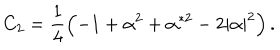
LaTeX: C _ { 2 } = \frac 1 4 \left( - 1 + \alpha ^ { 2 } + \alpha ^ { * 2 } - 2 \left| \alpha \right| ^ { 2 } \right) .